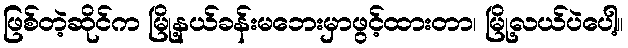
ဖြစ်တဲ့ဆိုင်က မြို့နယ်ခန်းမဘေးမှာဖွင့်ထားတာ၊ မြို့လယ်ပဲပေါ့။